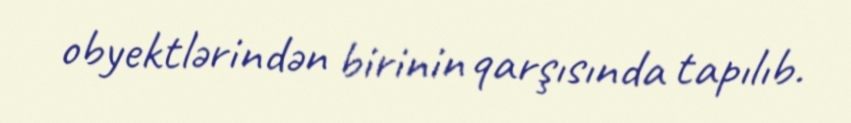
obyektlərindən birinin qarşısında tapılıb.